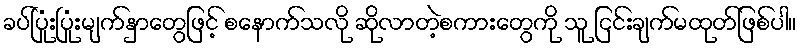
ခပ်ပြုံးပြုံးမျက်နှာတွေဖြင့် စနောက်သလို ဆိုလာတဲ့စကားတွေကို သူ ငြင်းချက်မထုတ်ဖြစ်ပါ။